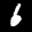
Label: 6